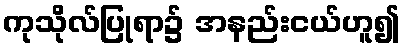
ကုသိုလ်ပြုရာ၌ အနည်းငယ်ဟူ၍